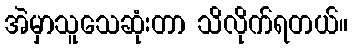
အဲမှာသူသေဆုံးတာ သိလိုက်ရတယ်။